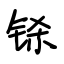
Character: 铩